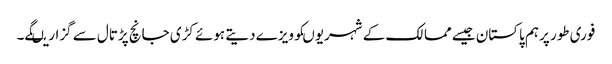
فوری طور پرہم پاکستان جیسے ممالک کے شہریوںکوویزے دیتے ہوئے کڑی جانچ پڑتال سے گزاریںگے۔